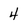
Character: 4